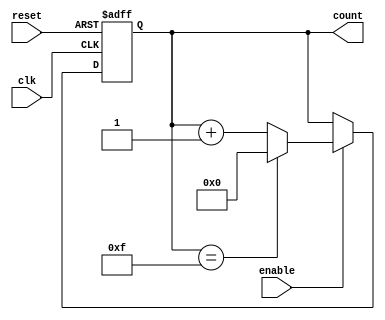
module async_counter #(
    parameter N = 4  // Number of bits in the counter (modify as needed)
) (
    input wire clk,               // Clock input
    input wire reset,             // Asynchronous reset
    input wire enable,            // Enable counting
    output reg [N-1:0] count      // Current count output
);

    // Maximum count value (2^N - 1)
    localparam MAX_COUNT = (1 << N) - 1;

    // Asynchronous Reset and Counting Logic
    always @(posedge clk or posedge reset) begin
        if (reset) begin
            count <= 0;  // Reset count to 0
        end else if (enable) begin
            if (count == MAX_COUNT) begin
                count <= 0;  // Roll over to 0 if maximum count is reached
            end else begin
                count <= count + 1; // Increment count
            end
        end
    end

endmodule